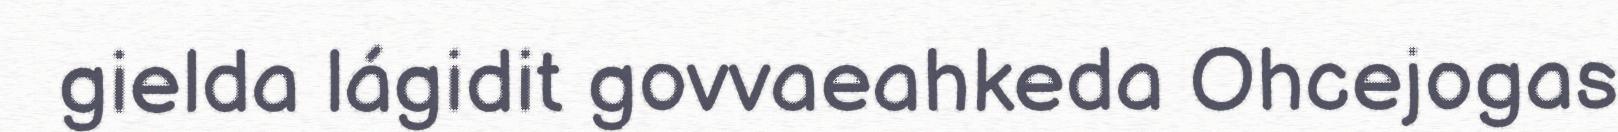
gielda lágidit govvaeahkeda Ohcejogas